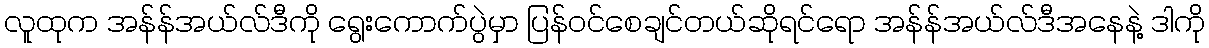
လူထုက အန်န်အယ်လ်ဒီကို ရွေးကောက်ပွဲမှာ ပြန်ဝင်စေချင်တယ်ဆိုရင်ရော အန်န်အယ်လ်ဒီအနေနဲ့ ဒါကို